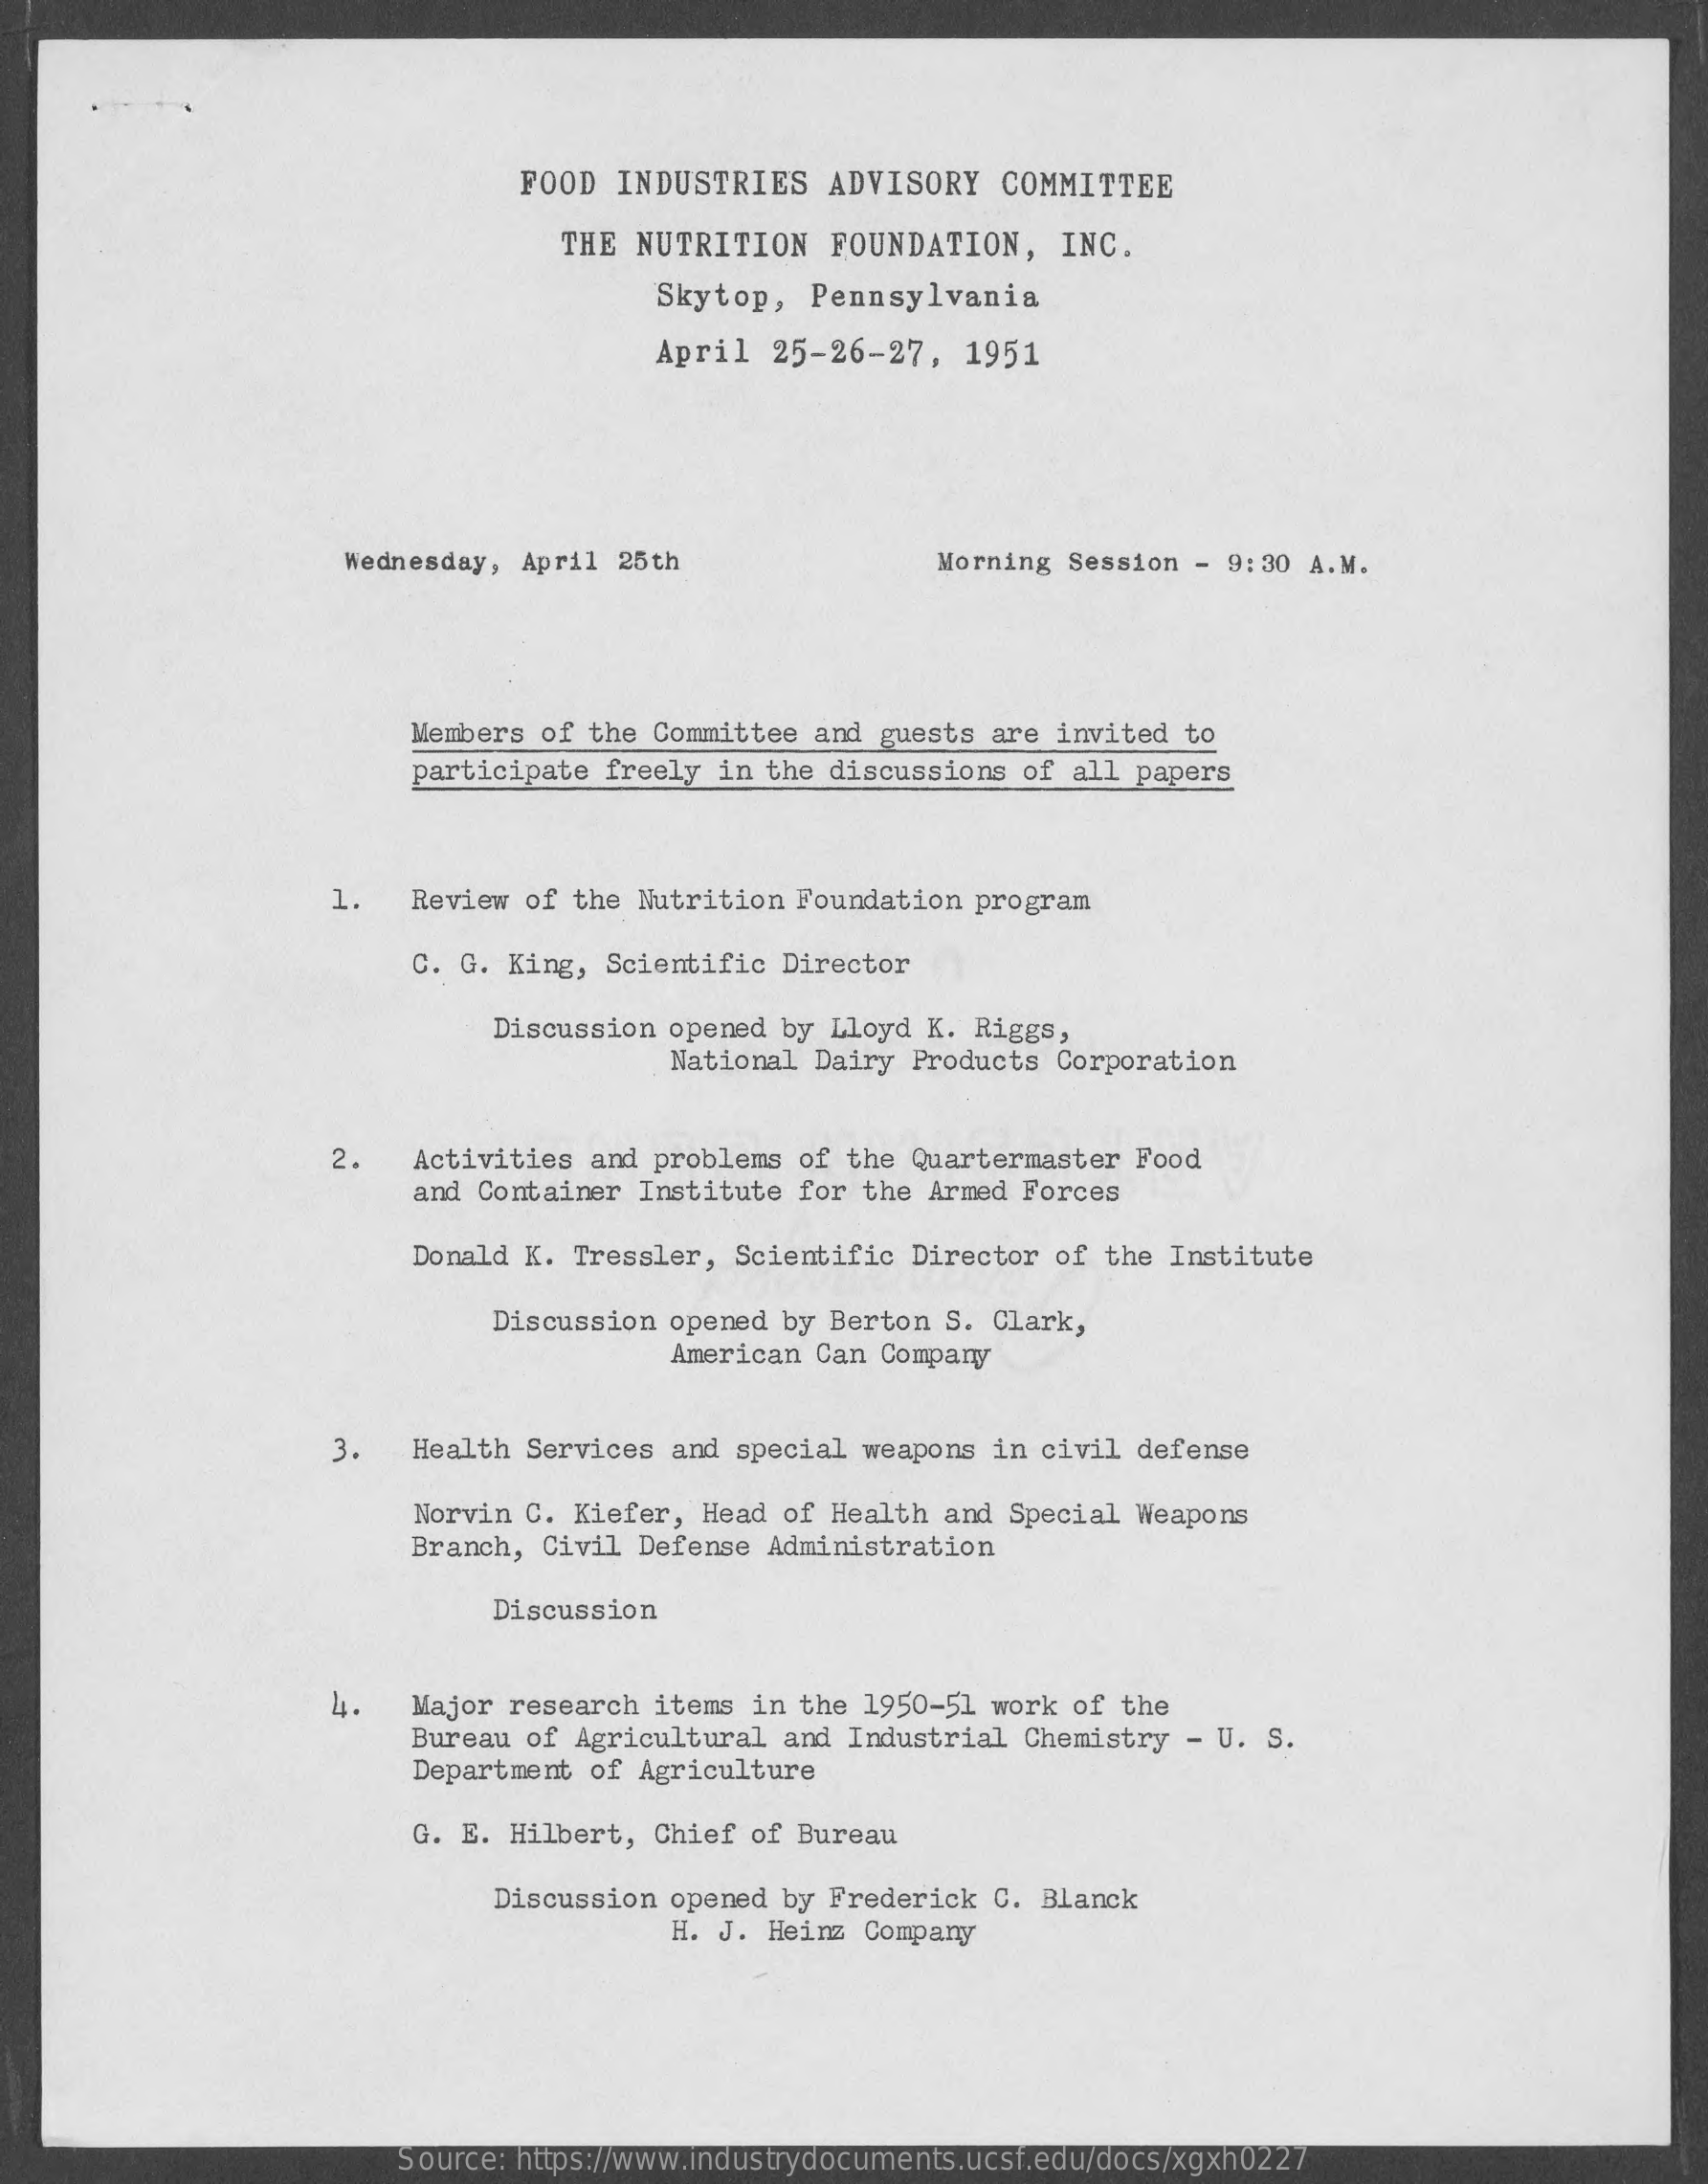
FOOD  INDUSTRIES    ADVISORY   COMMITTEE
     THE NUTRITION    FOUNDATION,    INC.
     Skytop,  Pennsylvania
     April  25-26-27,    1951
     Wednesday, April 25th    Morning Session  - 9:30 A.M.
     Members of the Committee  and guests are invited  to
     participate freely  in the discussions of  all papers
     1.   Review of the Nutrition  Foundation program
     C. G. King, Scientific  Director
     Discussion opened  by Lloyd K. Riggs,
     National Dairy Products Corporation
     2.   Activities and problems  of the Quartermaster  Food
     and Container Institute  for the Armed Forces
     Donald K. Tressler,  Scientific Director of  the Institute
     Discussion opened  by Berton S. Clark,
     American Can Company
     3.   Health Services and  special weapons in civil  defense
     Norvin C. Kiefer, Head  of Health and Special  Weapons
     Branch, Civil Defense  Administration
     Discussion
     4.   Major research  items in the 1950-51 work  of the
     Bureau of Agricultural  and Industrial Chemistry  - U. S.
     Department of Agriculture
     G. E. Hilbert, Chief  of Bureau
     Discussion opened  by Frederick C. Blanck
     H. J. Heinz Company
     Source: https://www.industrydocuments.ucsf.edu/docs/xgxh0227